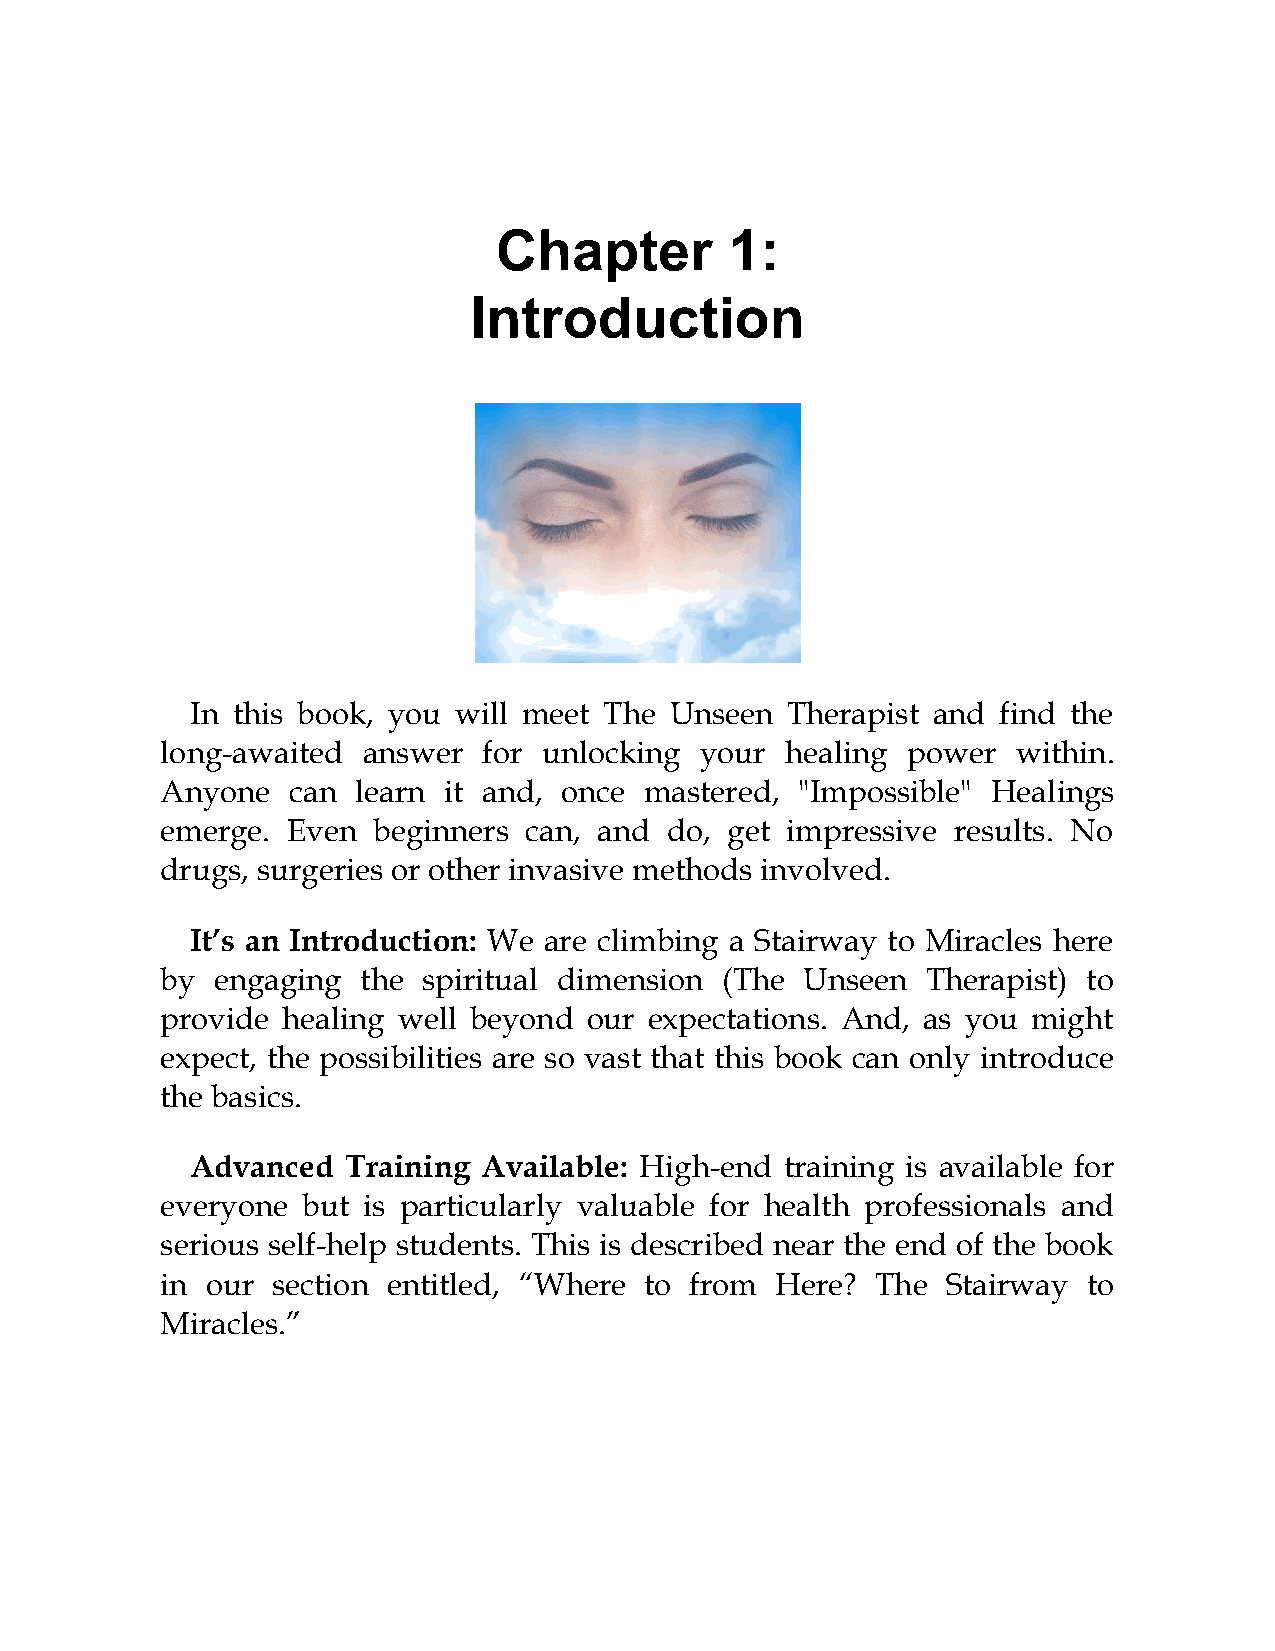
Chapter        1:
 Introduction
 In this book, you will meet The Unseen Therapist and find the
 long-awaited answer  for unlocking your  healing power  within.
 Anyone  can  learn it and, once mastered, "Impossible" Healings
 emerge. Even  beginners can, and do, get impressive results. No
 drugs, surgeries or other invasive methods involved.
 It’s an Introduction: We are climbing a Stairway to Miracles here
 by engaging  the spiritual dimension (The Unseen  Therapist) to
 provide healing well beyond our expectations. And, as you might
 expect, the possibilities are so vast that this book can only introduce
 the basics.
 Advanced  Training Available: High-end training is available for
 everyone but is particularly valuable for health professionals and
 serious self-help students. This is described near the end of the book
 in our section entitled, “Where to from Here?  The  Stairway to
 Miracles.”